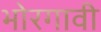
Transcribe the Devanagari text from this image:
भोरगावी